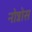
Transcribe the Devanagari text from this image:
नोन्नोस